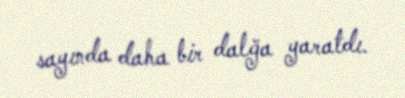
sayında daha bir dalğa yaratdı.